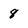
Character: 8